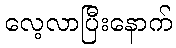
လေ့လာပြီးနောက်